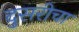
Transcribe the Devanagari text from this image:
दुसरीचा